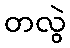
တလွဲ